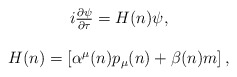
\begin{align*}\begin{array}{c}i\frac{\partial \psi }{\partial \tau }=H(n)\psi , \\ \\ H(n)=\left[ \alpha ^\mu (n)p_\mu (n)+\beta (n)m\right] ,\end{array}\end{align*}